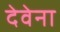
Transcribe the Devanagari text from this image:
देवेना